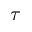
\tau